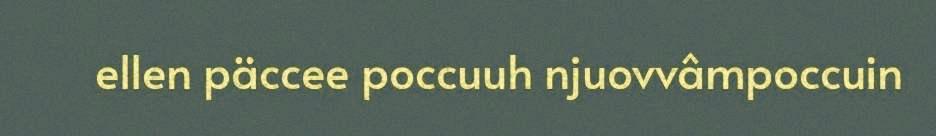
ellen päccee poccuuh njuovvâmpoccuin